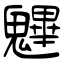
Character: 魓